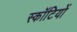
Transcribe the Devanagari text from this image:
स्कॉटियों